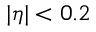
| \eta | < 0 . 2